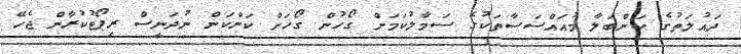
ދައުލަތުގެ ކަންބަލާ މުއައްސަސާތަކުގެ ސަމާލުކަމަށް ގޯހުން ގޯހަށް ކަންކަން ނުދަނީސް ރިޕޯޓުކުރާން ޖެހޭ